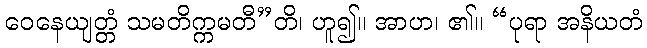
ဝေနေယျတ္တံ သမတိက္ကမတီ”တိ၊ ဟူ၍။ အာဟ၊ ၏။ “ပုရာ အနိယတံ